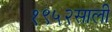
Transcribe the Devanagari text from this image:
१९५२साली